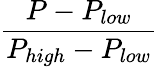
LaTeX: \frac{P-P_{low}}{P_{high}-P_{low}}